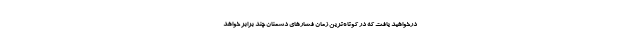
درخواهید یافت که در کوتاه‌ترین زمان فشارهای دشمنان چند برابر خواهد